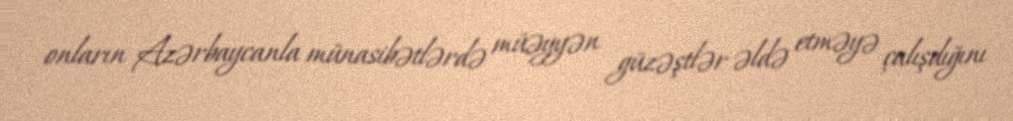
onların Azərbaycanla münasibətlərdə müəyyən güzəştlər əldə etməyə çalışdığını